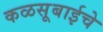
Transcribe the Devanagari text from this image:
कळसूबाईचे